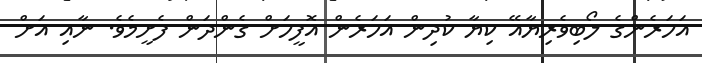
އަހަރެންގެ ލޯބިވެރިޔާއޭ ކިޔާ ކުދިން އަހަރެން އޮފީހަށް ގެންދަން ފެށީމެވެ. ނާއި އަށް